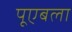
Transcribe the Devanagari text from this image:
पूएबला